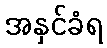
အနှင်ခံရ